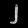
Digit: ၂